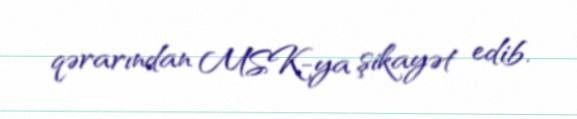
qərarından MSK-ya şikayət edib.